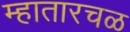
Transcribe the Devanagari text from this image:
म्हातारचळ